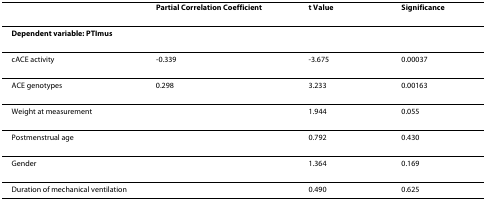
<table><thead><tr><td></td><td><b>Partial Correlation Coefficient</b></td><td><b>t Value</b></td><td><b>Significance</b></td></tr></thead><tbody><tr><td><b>Dependent variable: PTImus</b></td><td></td><td></td><td></td></tr><tr><td>cACE activity</td><td>-0.339</td><td>-3.675</td><td>0.00037</td></tr><tr><td>ACE genotypes</td><td>0.298</td><td>3.233</td><td>0.00163</td></tr><tr><td>Weight at measurement</td><td></td><td>1.944</td><td>0.055</td></tr><tr><td>Postmenstrual age</td><td></td><td>0.792</td><td>0.430</td></tr><tr><td>Gender</td><td></td><td>1.364</td><td>0.169</td></tr><tr><td>Duration of mechanical ventilation</td><td></td><td>0.490</td><td>0.625</td></tr></tbody></table>